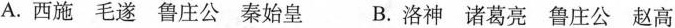
A.西施 毛遂 鲁庄公 秦始皇 B.洛神 诸葛亮 鲁庄公 赵高